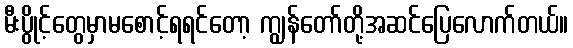
မီးပွိုင့်တွေမှာမစောင့်ရရင်တော့ ကျွန်တော်တို့အဆင်ပြေလောက်တယ်။